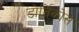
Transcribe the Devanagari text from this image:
डोर्तिकोस